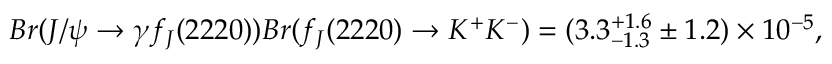
B r ( J / \psi \rightarrow \gamma f _ { J } ( 2 2 2 0 ) ) B r ( f _ { J } ( 2 2 2 0 ) \rightarrow K ^ { + } K ^ { - } ) = ( 3 . 3 _ { - 1 . 3 } ^ { + 1 . 6 } \pm 1 . 2 ) \times 1 0 ^ { - 5 } ,